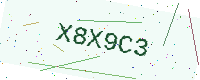
Text: X8X9C3